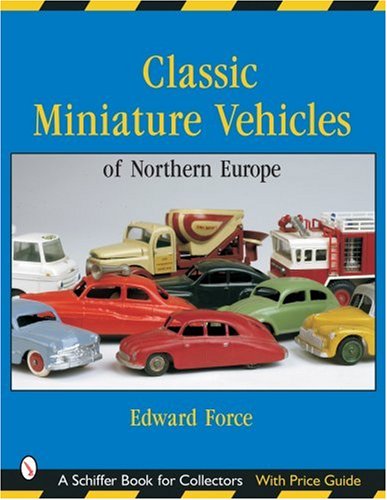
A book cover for Classic Miniature Vehicles: Northern Europe (Schiffer Book for Collectors); Edward Force; Crafts, Hobbies & Home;